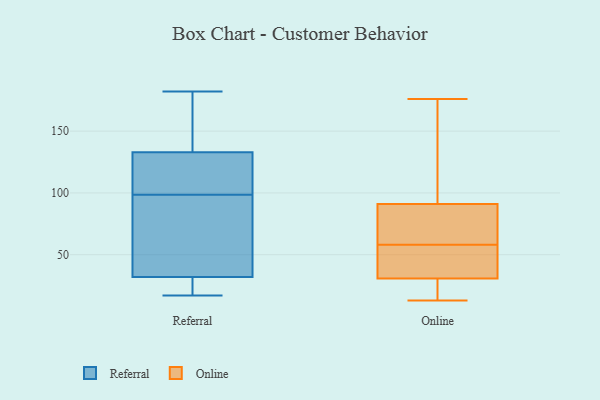
{"axis": {"x": "Active Users", "y": "Value"}, "legend": ["Online", "Referral"], "data": [{"x": "", "y": 98, "type": "Referral"}, {"x": "", "y": 25, "type": "Referral"}, {"x": "", "y": 32, "type": "Referral"}, {"x": "", "y": 177, "type": "Referral"}, {"x": "", "y": 17, "type": "Referral"}, {"x": "", "y": 100, "type": "Referral"}, {"x": "", "y": 21, "type": "Referral"}, {"x": "", "y": 99, "type": "Referral"}, {"x": "", "y": 101, "type": "Referral"}, {"x": "", "y": 142, "type": "Referral"}, {"x": "", "y": 182, "type": "Referral"}, {"x": "", "y": 92, "type": "Referral"}, {"x": "", "y": 85, "type": "Referral"}, {"x": "", "y": 133, "type": "Referral"}, {"x": "", "y": 72, "type": "Online"}, {"x": "", "y": 69, "type": "Online"}, {"x": "", "y": 91, "type": "Online"}, {"x": "", "y": 25, "type": "Online"}, {"x": "", "y": 13, "type": "Online"}, {"x": "", "y": 27, "type": "Online"}, {"x": "", "y": 91, "type": "Online"}, {"x": "", "y": 158, "type": "Online"}, {"x": "", "y": 58, "type": "Online"}, {"x": "", "y": 176, "type": "Online"}, {"x": "", "y": 47, "type": "Online"}, {"x": "", "y": 42, "type": "Online"}, {"x": "", "y": 13, "type": "Online"}, {"x": "", "y": 44, "type": "Online"}, {"x": "", "y": 120, "type": "Online"}]}